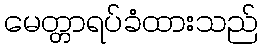
မေတ္တာရပ်ခံထားသည်